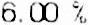
6.00 %